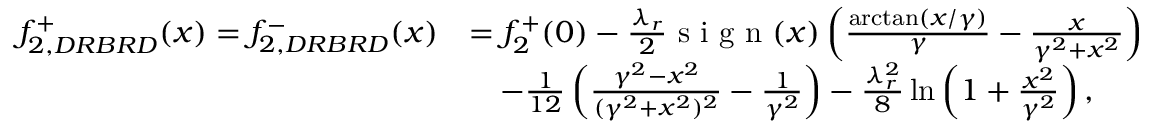
\begin{array} { r l } { f _ { 2 , D R B R D } ^ { + } ( x ) = f _ { 2 , D R B R D } ^ { - } ( x ) } & { = f _ { 2 } ^ { + } ( 0 ) - \frac { \lambda _ { r } } { 2 } \textnormal { s i g n } ( x ) \left( \frac { \arctan ( x / \gamma ) } { \gamma } - \frac { x } { \gamma ^ { 2 } + x ^ { 2 } } \right) } \\ & { \quad - \frac { 1 } { 1 2 } \left( \frac { \gamma ^ { 2 } - x ^ { 2 } } { ( \gamma ^ { 2 } + x ^ { 2 } ) ^ { 2 } } - \frac { 1 } { \gamma ^ { 2 } } \right) - \frac { \lambda _ { r } ^ { 2 } } { 8 } \ln \left( 1 + \frac { x ^ { 2 } } { \gamma ^ { 2 } } \right) , } \end{array}